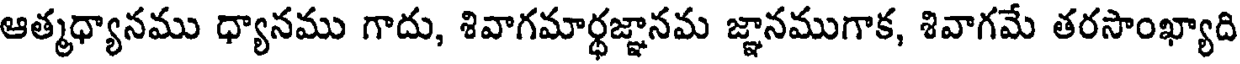
ఆత్మధ్యానము ధ్యానము గాదు, శివాగమార్థజ్ఞానమ జ్ఞానముగాక, శివాగమే తరసాంఖ్యాది